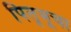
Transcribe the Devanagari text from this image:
पितृभूचा